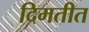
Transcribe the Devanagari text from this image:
दिमतीत